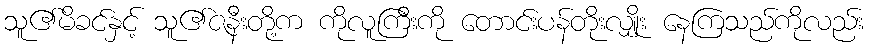
သူ၏မိခင်နှင့် သူ၏ဇနီးတို့က ကိုလူကြီးကို တောင်းပန်တိုးလျှိုး နေကြသည်ကိုလည်း